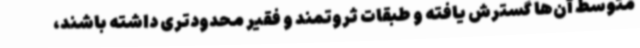
متوسط آن‌ها گسترش یافته و طبقات ثروتمند و فقیر محدودتری داشته باشند،